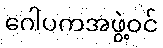
ဂေါပကအဖွဲ့ဝင်